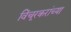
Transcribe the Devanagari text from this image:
विंचूरकरांच्या